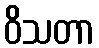
ဝိသတာ